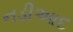
નડીઆદ